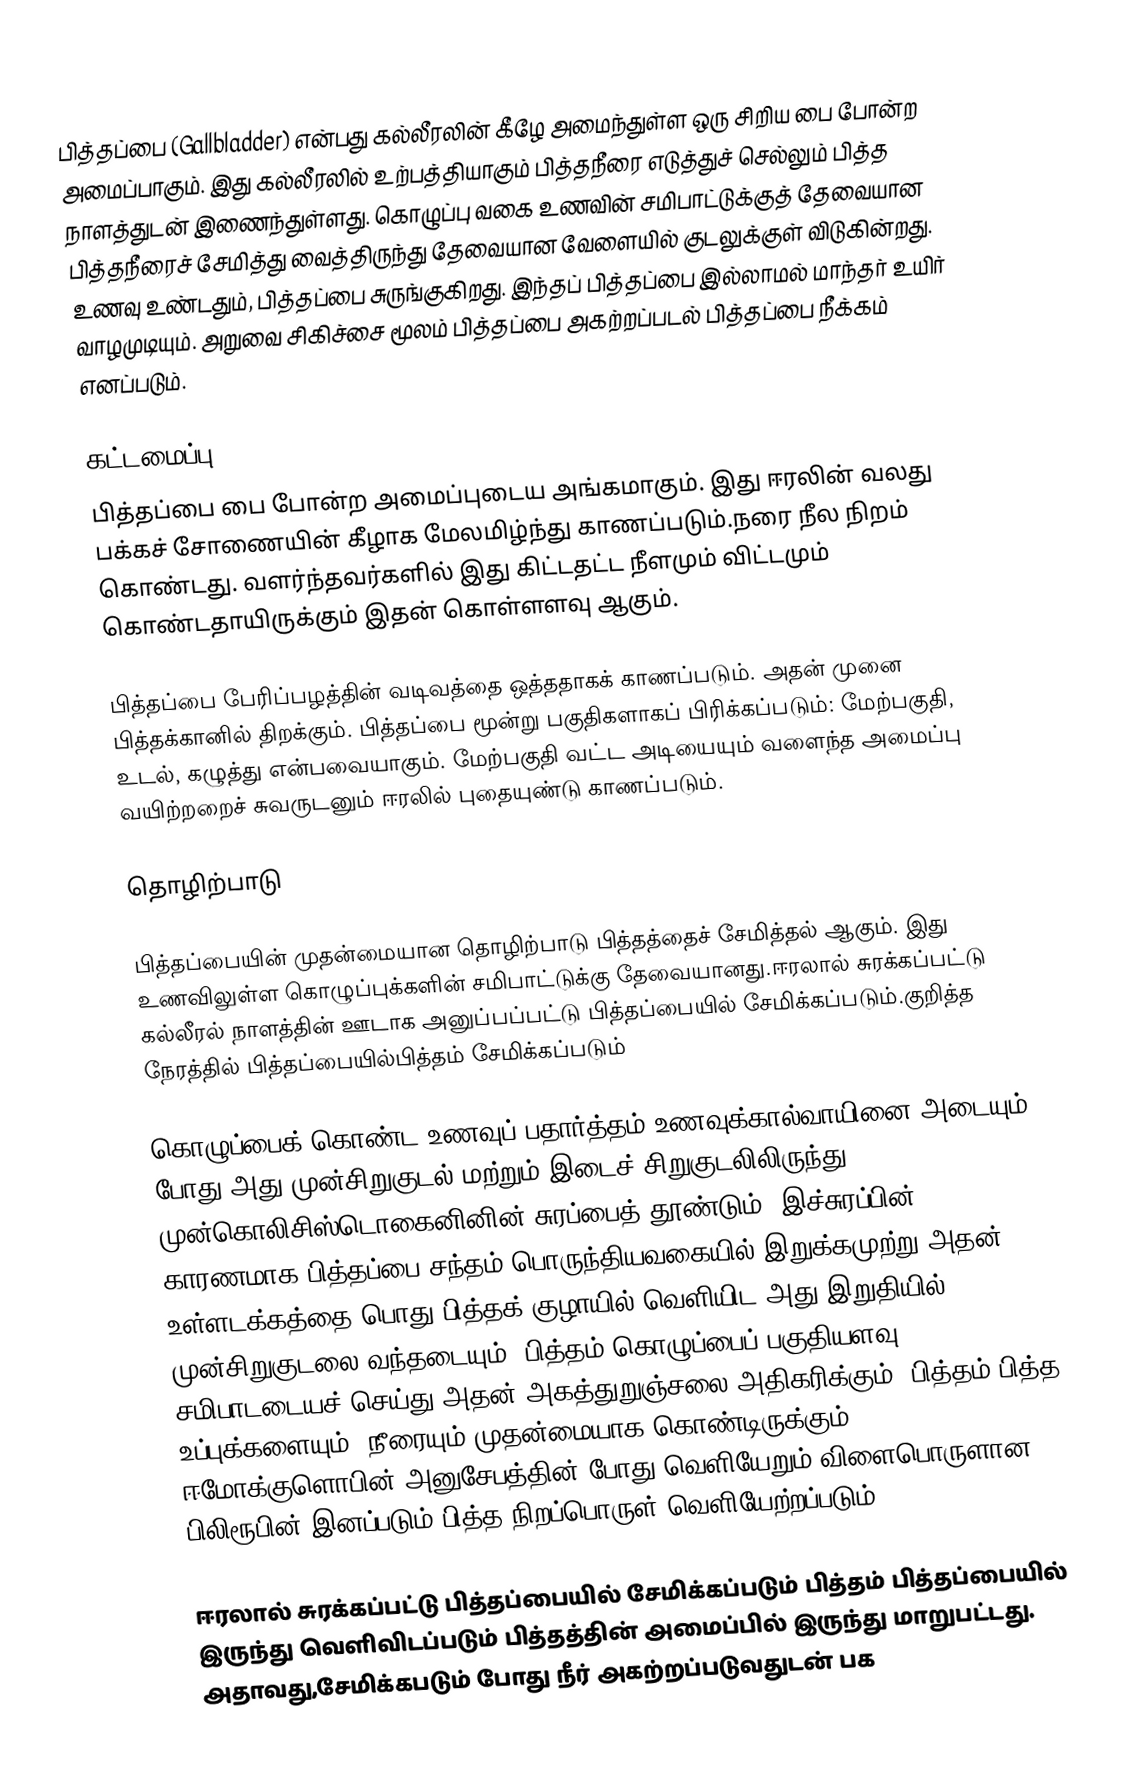
பித்தப்பை (Gallbladder) என்பது கல்லீரலின் கீழே அமைந்துள்ள ஒரு சிறிய பை போன்ற அமைப்பாகும். இது கல்லீரலில் உற்பத்தியாகும் பித்தநீரை எடுத்துச் செல்லும் பித்த நாளத்துடன் இணைந்துள்ளது. கொழுப்பு வகை உணவின் சமிபாட்டுக்குத் தேவையான பித்தநீரைச் சேமித்து வைத்திருந்து தேவையான வேளையில் குடலுக்குள் விடுகின்றது. உணவு உண்டதும், பித்தப்பை சுருங்குகிறது. இந்தப் பித்தப்பை இல்லாமல் மாந்தர் உயிர் வாழமுடியும். அறுவை சிகிச்சை மூலம் பித்தப்பை அகற்றப்படல் பித்தப்பை நீக்கம் எனப்படும்.

கட்டமைப்பு
பித்தப்பை பை போன்ற அமைப்புடைய அங்கமாகும். இது ஈரலின் வலது பக்கச் சோணையின் கீழாக மேலமிழ்ந்து காணப்படும்.நரை நீல நிறம் கொண்டது. வளர்ந்தவர்களில் இது கிட்டதட்ட  நீளமும்   விட்டமும் கொண்டதாயிருக்கும் இதன் கொள்ளளவு  ஆகும்.

பித்தப்பை பேரிப்பழத்தின் வடிவத்தை ஒத்ததாகக் காணப்படும். அதன் முனை பித்தக்கானில் திறக்கும். பித்தப்பை மூன்று பகுதிகளாகப் பிரிக்கப்படும்: மேற்பகுதி, உடல், கழுத்து என்பவையாகும். மேற்பகுதி வட்ட அடியையும் வளைந்த அமைப்பு வயிற்றறைச் சுவருடனும் ஈரலில் புதையுண்டு காணப்படும்.

தொழிற்பாடு

பித்தப்பையின் முதன்மையான தொழிற்பாடு பித்தத்தைச் சேமித்தல் ஆகும். இது உணவிலுள்ள கொழுப்புக்களின் சமிபாட்டுக்கு தேவையானது.ஈரலால் சுரக்கப்பட்டு கல்லீரல் நாளத்தின் ஊடாக அனுப்பப்பட்டு பித்தப்பையில் சேமிக்கப்படும்.குறித்த நேரத்தில் பித்தப்பையில்பித்தம் சேமிக்கப்படும்

கொழுப்பைக் கொண்ட உணவுப் பதார்த்தம் உணவுக்கால்வாயினை அடையும் போது அது முன்சிறுகுடல் மற்றும் இடைச் சிறுகுடலிலிருந்து முன்கொலிசிஸ்டொகைனினின் சுரப்பைத் தூண்டும். இச்சுரப்பின் காரணமாக பித்தப்பை சந்தம் பொருந்தியவகையில் இறுக்கமுற்று அதன் உள்ளடக்கத்தை பொது பித்தக் குழாயில் வெளியிட அது இறுதியில் முன்சிறுகுடலை வந்தடையும். பித்தம் கொழுப்பைப்  பகுதியளவு சமிபாடடையச் செய்து அதன் அகத்துறுஞ்சலை அதிகரிக்கும். பித்தம் பித்த உப்புக்களையும், நீரையும் முதன்மையாக கொண்டிருக்கும். ஈமோக்குளொபின் அனுசேபத்தின் போது வெளியேறும் விளைபொருளான பிலிரூபின் இனப்படும் பித்த நிறப்பொருள் வெளியேற்றப்படும்.

ஈரலால் சுரக்கப்பட்டு பித்தப்பையில் சேமிக்கப்படும் பித்தம் பித்தப்பையில் இருந்து வெளிவிடப்படும் பித்தத்தின் அமைப்பில் இருந்து மாறுபட்டது. அதாவது,சேமிக்கபடும் போது நீர் அகற்றப்படுவதுடன் பக